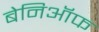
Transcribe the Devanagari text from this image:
बेनिऑफ